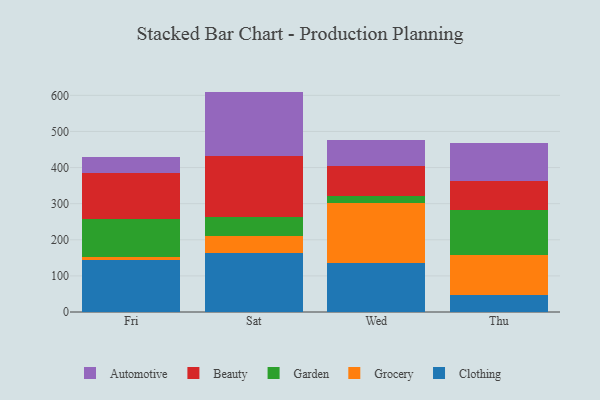
{"axis": {"x": "Day", "y": "Active Users"}, "legend": ["Automotive", "Beauty", "Clothing", "Garden", "Grocery"], "data": [{"x": "Fri", "y": 145.1, "type": "Clothing"}, {"x": "Fri", "y": 7.5, "type": "Grocery"}, {"x": "Fri", "y": 105.3, "type": "Garden"}, {"x": "Fri", "y": 126.2, "type": "Beauty"}, {"x": "Fri", "y": 45.2, "type": "Automotive"}, {"x": "Sat", "y": 163.8, "type": "Clothing"}, {"x": "Sat", "y": 45.4, "type": "Grocery"}, {"x": "Sat", "y": 55.2, "type": "Garden"}, {"x": "Sat", "y": 167.5, "type": "Beauty"}, {"x": "Sat", "y": 178.5, "type": "Automotive"}, {"x": "Wed", "y": 136.8, "type": "Clothing"}, {"x": "Wed", "y": 165.3, "type": "Grocery"}, {"x": "Wed", "y": 18.5, "type": "Garden"}, {"x": "Wed", "y": 82.4, "type": "Beauty"}, {"x": "Wed", "y": 74.5, "type": "Automotive"}, {"x": "Thu", "y": 46.9, "type": "Clothing"}, {"x": "Thu", "y": 111.8, "type": "Grocery"}, {"x": "Thu", "y": 124.4, "type": "Garden"}, {"x": "Thu", "y": 79.7, "type": "Beauty"}, {"x": "Thu", "y": 105.2, "type": "Automotive"}]}